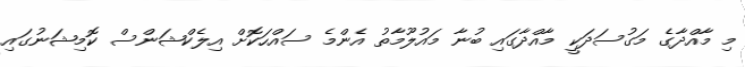
މި މާއްދާގެ މަގުސަދަކީ މާއްދާގައި ބުނާ މައުލޫމާތު އެންމެ ސައްހަކޮށް އިލެކްޝަންސް ކޮމިޝަނުގައި